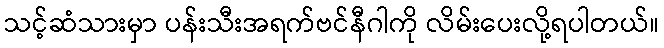
သင့်ဆံသားမှာ ပန်းသီးအရက်ဗင်နီဂါကို လိမ်းပေးလို့ရပါတယ်။